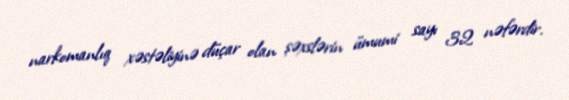
narkomanlıq xəstəliyinə düçar olan şəxslərin ümumi sayı 32 nəfərdir.